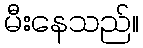
မီးနေသည်။